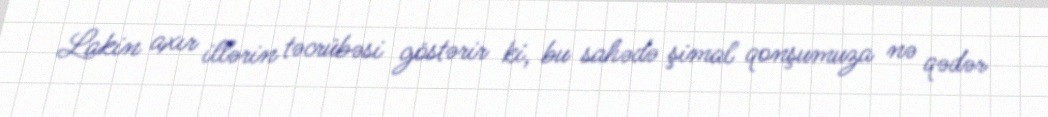
Lakin axır illərin təcrübəsi göstərir ki, bu sahədə şimal qonşumuza nə qədər